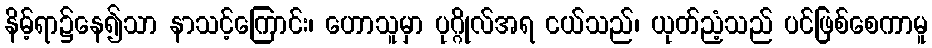
နိမ့်ရာ၌နေ၍သာ နာသင့်ကြောင်း၊ ဟောသူမှာ ပုဂ္ဂိုလ်အရ ငယ်သည်၊ ယုတ်ညံ့သည် ပင်ဖြစ်စေကာမူ